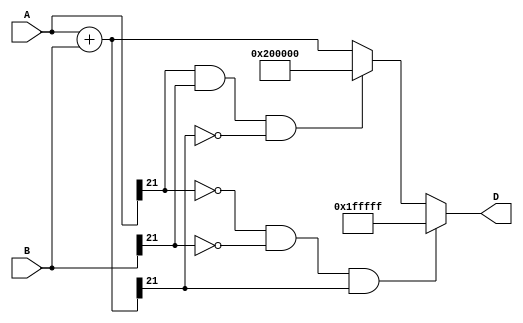
`timescale 1ns / 1ps
//////////////////////////////////////////////////////////////////////////////////
// Company: 
// Engineer: 
// 
// Design Name: 
// Module Name:    Sumador 
// Project Name: 
// Target Devices: 
// Tool versions: 
// Description: 
//
// Dependencies: 
//
// Revision: 
// Revision 0.01 - File Created
// Additional Comments: 
//
//////////////////////////////////////////////////////////////////////////////////
module Sumador #(parameter size=22, parameter sign=1, parameter pf=14, parameter mag=7)
	(
		input wire signed [size-1:0] A,B,
		//input wire clk,rst,
		output wire signed [size-1:0] D //wire->reg 
    );

reg signed [size-1:0] R;

always @ *
begin
	R=A+B;
	if(A[size-1]==1'b0 && B[size-1]==1'b0 && R[size-1]==1'b1) begin
		R={{sign{1'b0}},{(size-1){1'b1}}}; end
	else if (A[size-1]==1'b1 && B[size-1]==1'b1 && R[size-1]==1'b0) begin
		R={{sign{1'b1}},{(size-1){1'b0}}}; end
end

assign D=R;

//always @ (posedge clk,posedge rst)
//begin
//	if(rst)
//		D = {size{1'b0}};
//	else
//		D=R;
//end

endmodule